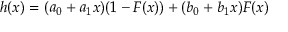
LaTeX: h ( x ) = ( a _ { 0 } + a _ { 1 } x ) ( 1 - F ( x ) ) + ( b _ { 0 } + b _ { 1 } x ) F ( x )